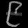
Digit: ၉